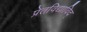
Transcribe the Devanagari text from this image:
प्रेतविद्याविद्